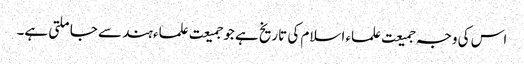
اس کی وجہ جمیعت علماء اسلام کی تاریخ ہے جو جمیعت علماء ہند سے جا ملتی ہے۔